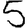
Digit: 5